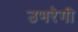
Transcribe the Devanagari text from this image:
उभरेगी